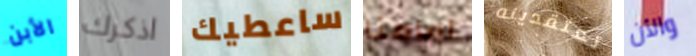
الأبن اذكرك ساعطيك امامنا تعتقدينه والأن